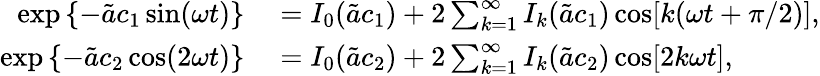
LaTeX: \begin{array}{rl}{\exp\left\{ -\tilde{a}c_{1}\sin(\omega t)\right\} }&{{}=I_{0}(\tilde{a}c_{1})+2\sum_{k=1}^{\infty}I_{k}(\tilde{a}c_{1})\cos[k(\omega t+\pi/2)],}\\ {\exp\left\{ -\tilde{a}c_{2}\cos(2\omega t)\right\} }&{{}=I_{0}(\tilde{a}c_{2})+2\sum_{k=1}^{\infty}I_{k}(\tilde{a}c_{2})\cos[2k\omega t],}\end{array}